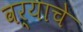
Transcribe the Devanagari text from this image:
वर्‍याचे